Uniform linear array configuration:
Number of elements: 64
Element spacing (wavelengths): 0.75
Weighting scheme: uniform
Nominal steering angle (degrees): -30
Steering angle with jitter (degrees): -29.387
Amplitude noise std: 0.05
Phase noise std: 0.05

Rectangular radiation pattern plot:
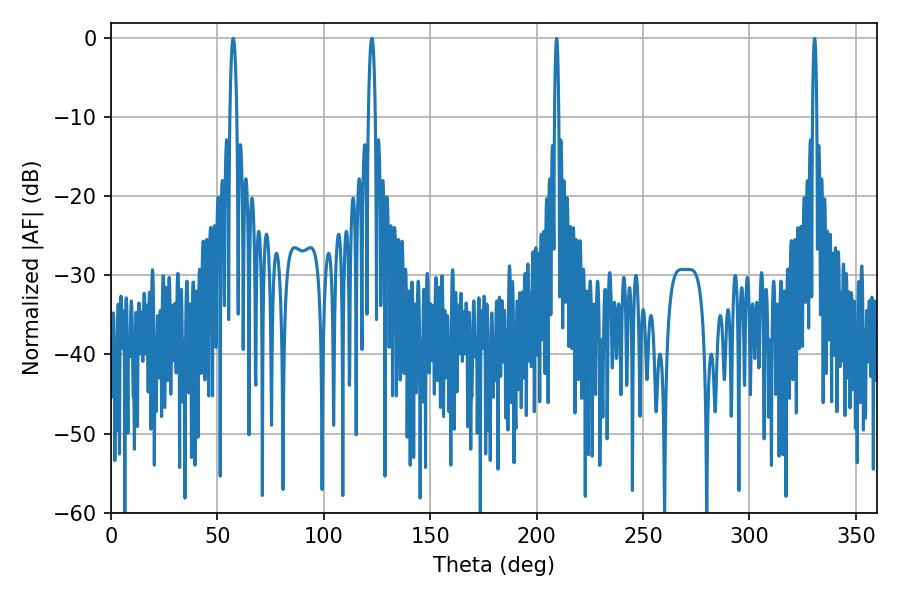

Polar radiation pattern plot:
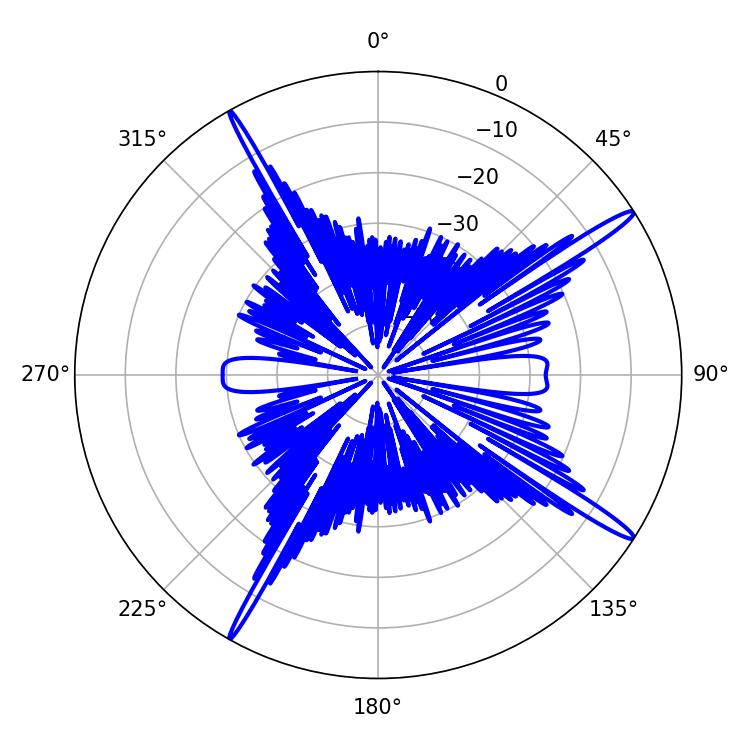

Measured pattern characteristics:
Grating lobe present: TRUE
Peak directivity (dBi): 16.822
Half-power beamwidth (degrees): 1.8
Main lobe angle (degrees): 57.42